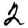
Digit: 2